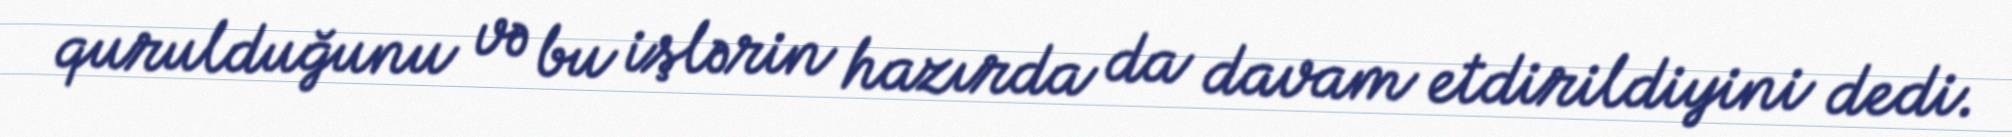
qurulduğunu və bu işlərin hazırda da davam etdirildiyini dedi.